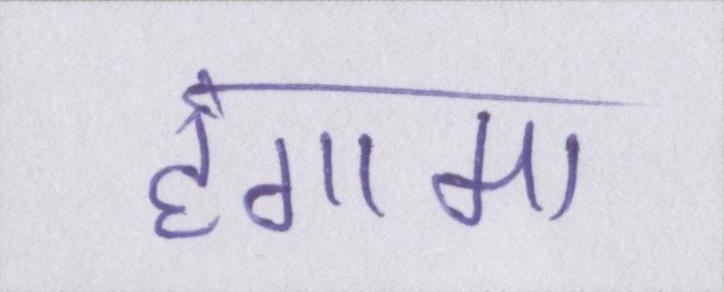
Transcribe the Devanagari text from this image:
हंगामा